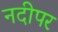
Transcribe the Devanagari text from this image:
नदीपर